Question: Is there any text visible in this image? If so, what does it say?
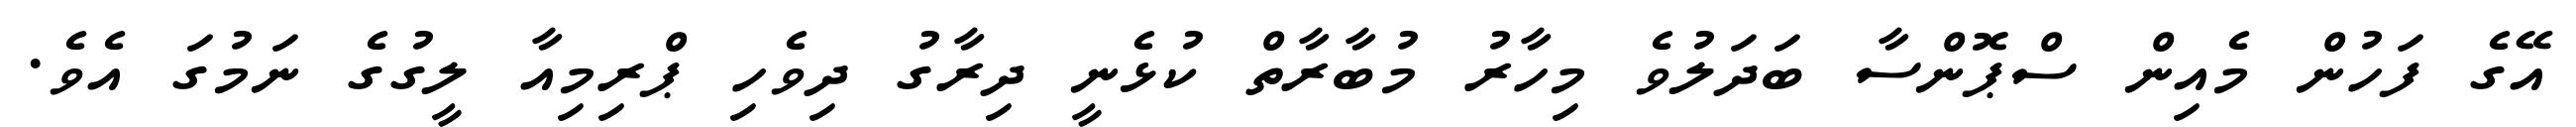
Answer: އޭގެ ފަހުން މެއިން ސްޕޮންސާ ބަދަލުވެ މިހާރު މުބާރާތް ކުޅެނީ ދިރާގު ދިވެހި ޕްރިމިއާ ލީގުގެ ނަމުގަ އެވެ.